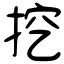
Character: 挖